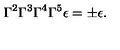
\Gamma ^ { 2 } \Gamma ^ { 3 } \Gamma ^ { 4 } \Gamma ^ { 5 } \epsilon = \pm \epsilon .